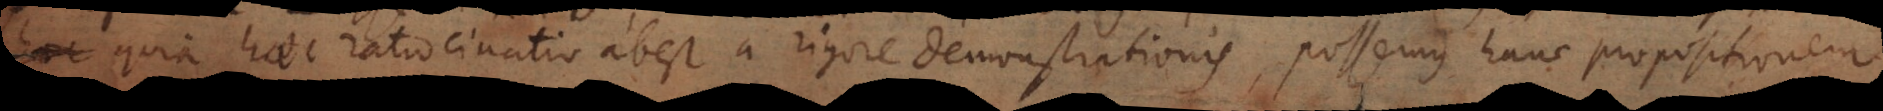
Sed quia haec ratiocinatio abest a rigore demonstrationis, possemus hanc propositionem